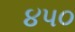
૪પ૦